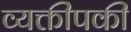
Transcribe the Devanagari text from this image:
व्यक्तींपकी